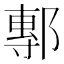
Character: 鄟